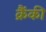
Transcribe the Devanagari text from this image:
क्रैंकी